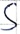
Text: S